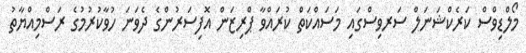
މޯލްޑިވްސް ކަރެކްޝަނަލް ސަރވިސްގައި މަސައްކަތް ކުރައްވާ ޕްރިޒަން އޮފިސަރުންގެ ދެވަނަ ހުވާކުރުމުގެ ރަސްމިއްޔާތު